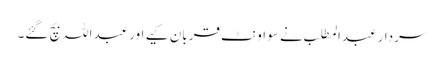
سردار عبدالمطلب نے سو اونٹ قربان کیے اور عبداللہ بچ گئے۔